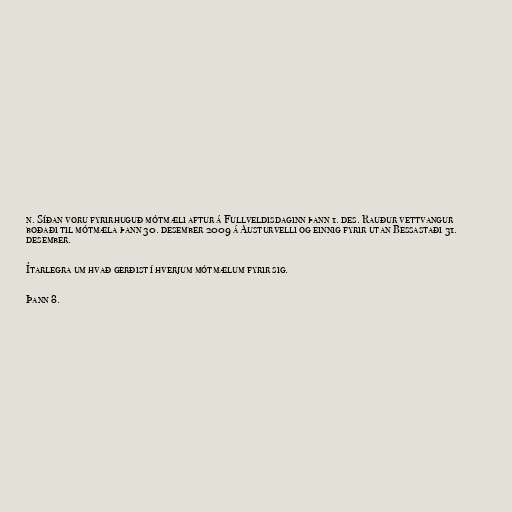
n. Síðan voru fyrirhuguð mótmæli aftur á Fullveldisdaginn þann 1. des. Rauður vettvangur
boðaði til mótmæla þann 30. desember 2009 á Austurvelli og einnig fyrir utan Bessastaði 31.
desember.

Ítarlegra um hvað gerðist í hverjum mótmælum fyrir sig.

Þann 8.